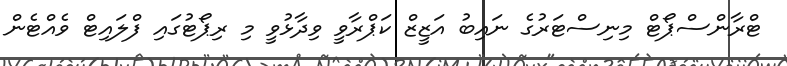
ޓްރާންސްޕޯޓް މިނިސްޓަރުގެ ނައިބު އަޒީޒް ކަޕްރާވީ ވިދާޅުވީ މި ރިޕޯޓުގައި ފްލައިޓް ވެއްޓެން